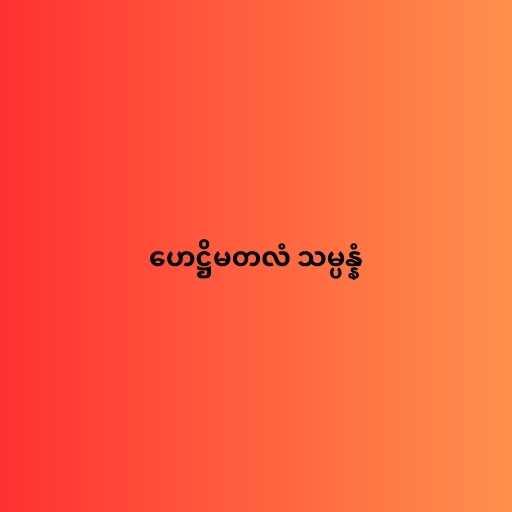
ဟေဋ္ဌိမတလံ သမ္ပန္နံ